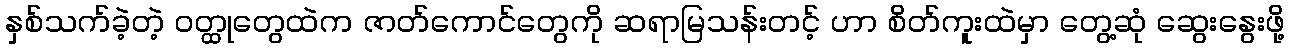
နှစ်သက်ခဲ့တဲ့ ဝတ္ထုတွေထဲက ဇာတ်ကောင်တွေကို ဆရာမြသန်းတင့် ဟာ စိတ်ကူးထဲမှာ တွေ့ဆုံ ဆွေးနွေးဖို့